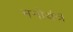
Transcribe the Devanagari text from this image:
मनोयंत्र